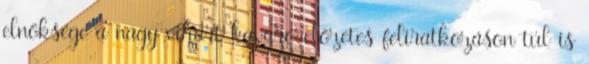
elnöksége a nagy vihart kavaró előzetes feliratkozáson túl is